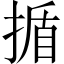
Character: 揗